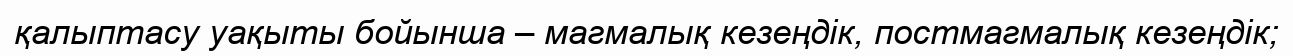
қалыптасу уақыты бойынша – магмалық кезеңдік, постмагмалық кезеңдік;